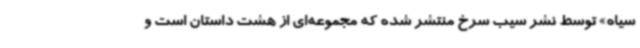
سیاه» توسط نشر سیب سرخ منتشر شده که مجموعه‌ای از هشت داستان است و